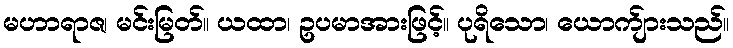
မဟာရာဇ၊ မင်းမြတ်။ ယထာ၊ ဥပမာအားဖြင့်။ ပုရိသော၊ ယောက်ျားသည်။